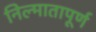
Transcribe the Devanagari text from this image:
निल्मातापूर्ण